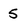
Character: 5